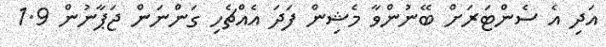
އަދި އެ ސެންޓަރަށް ބޭނުންވާ މެޝިން ފަދަ އެއްޗެހި ގަންނަން ޖަޕާނުން 1.9